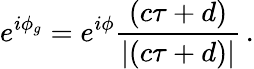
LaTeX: e^{i\phi_{g}}=e^{i\phi}\frac{\left(c\tau+d\right)}{\left|\left(c\tau+d\right)\right|}\, .